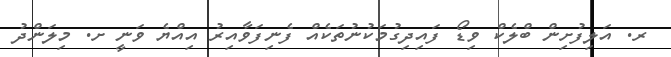
ރ. އަލިފުށިން ބްލެކް ވިޑޯ ފައިދިގުމަކުނުތަކެއް ފެނިފަވާއިރު އިއްޔެ ވަނީ ށ. މިލަންދު